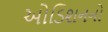
ઓડિશનનો